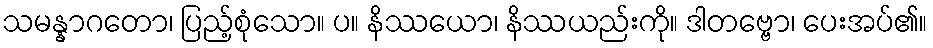
သမန္နာဂတော၊ ပြည့်စုံသော။ ပ။ နိဿယော၊ နိဿယည်းကို။ ဒါတဗ္ဗော၊ ပေးအပ်၏။